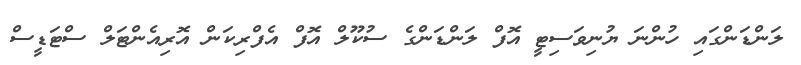
ލަންޑަންގައި ހުންނަ ޔުނިވަސިޓީ އޮފް ލަންޑަންގެ ސުކޫލް އޮފް އެފްރިކަން އޮރިއެންޓަލް ސްޓަޑީސް